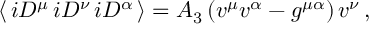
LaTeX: \langle \, i D ^ { \mu } \, i D ^ { \nu } \, i D ^ { \alpha } \, \rangle = A _ { 3 } \, ( v ^ { \mu } v ^ { \alpha } - g ^ { \mu \alpha } ) \, v ^ { \nu } \, ,